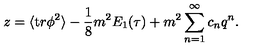
z = \langle { \mathrm t r } \phi ^ { 2 } \rangle - { \frac { 1 } { 8 } } m ^ { 2 } E _ { 1 } ( \tau ) + m ^ { 2 } \sum _ { n = 1 } ^ { \infty } c _ { n } q ^ { n } .